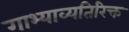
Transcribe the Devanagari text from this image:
गाभ्याव्यतिरिक्त